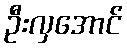
ဦးလှအောင်